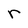
Character: r